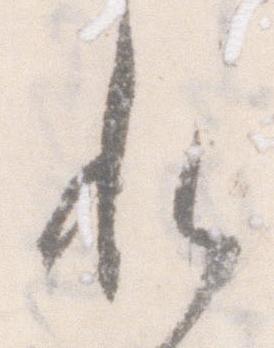
れ